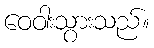
ဝေဝါးသွားသည်။